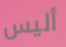
أليس